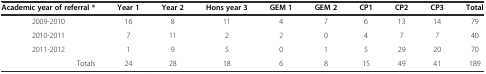
<table><thead><tr><td><b>Academic year of referral *</b></td><td><b>Year 1</b></td><td><b>Year 2</b></td><td><b>Hons year 3</b></td><td><b>GEM 1</b></td><td><b>GEM 2</b></td><td><b>CP1</b></td><td><b>CP2</b></td><td><b>CP3</b></td><td><b>Total</b></td></tr></thead><tbody><tr><td>2009-2010</td><td>16</td><td>8</td><td>11</td><td>4</td><td>7</td><td>6</td><td>13</td><td>14</td><td>79</td></tr><tr><td>2010-2011</td><td>7</td><td>11</td><td>2</td><td>2</td><td>0</td><td>4</td><td>7</td><td>7</td><td>40</td></tr><tr><td>2011-2012</td><td>1</td><td>9</td><td>5</td><td>0</td><td>1</td><td>5</td><td>29</td><td>20</td><td>70</td></tr><tr><td>Totals</td><td>24</td><td>28</td><td>18</td><td>6</td><td>8</td><td>15</td><td>49</td><td>41</td><td>189</td></tr></tbody></table>